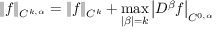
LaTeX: \| f \| _ { C ^ { k , \alpha } } = \| f \| _ { C ^ { k } } + \operatorname* { m a x } _ { | \beta | = k } \left| D ^ { \beta } f \right| _ { C ^ { 0 , \alpha } }